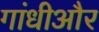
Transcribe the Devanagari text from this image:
गांधीऔर